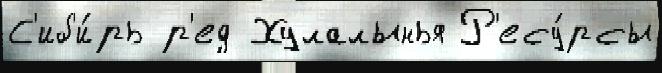
С'иб'и́рь р'ед Хулалынья Р'есу́рсы